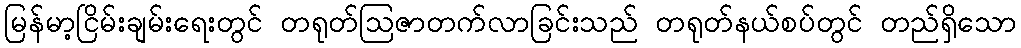
မြန်မာ့ငြိမ်းချမ်းရေးတွင် တရုတ်ဩဇာတက်လာခြင်းသည် တရုတ်နယ်စပ်တွင် တည်ရှိသော